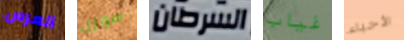
العرس سوزن السرطان غياب الأحياء